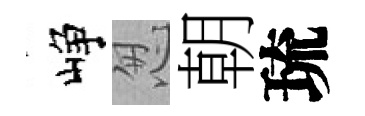
峥怱朝琉